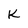
Character: K